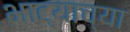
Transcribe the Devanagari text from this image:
भाट्याच्या